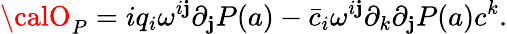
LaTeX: {\calO}_{P}=iq_{i}\omega^{i\mathbf{j}}\partial_{\mathbf{j}}P(a)-\bar{{c}}_{i}\omega^{i\mathbf{j}}\partial_{k}\partial_{\mathbf{j}}P(a)c^{k}.